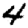
Digit: 4